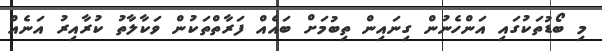
މި ބޯޑުތަކުގައި އަންހެނުން ގިނައިން ތިބުމަށް ބައެއް ފަރާތްތަކުން ވަކާލާތު ކުރާއިރު އަނެއް